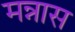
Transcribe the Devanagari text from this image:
मन्नास